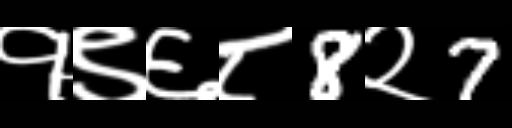
Text: १९६८8२7